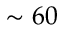
\sim 6 0